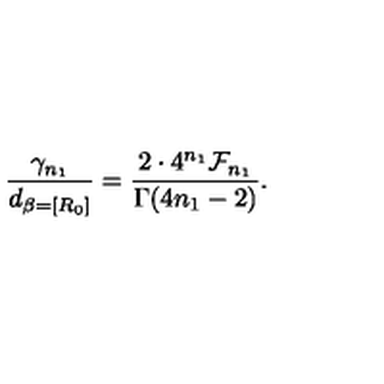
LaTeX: \frac { \gamma _ { n _ { 1 } } } { d _ { \beta = [ R _ { 0 } ] } } = \frac { 2 \cdot 4 ^ { n _ { 1 } } { \cal F } _ { n _ { 1 } } } { \Gamma ( 4 n _ { 1 } - 2 ) } .